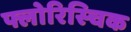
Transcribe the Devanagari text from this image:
फ्लोरिस्चिक